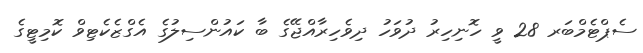
ސެޕްޓެމްބަރ 28 ވީ ހޮނިހިރު ދުވަހު ދިވެހިރާއްޖޭގެ ބާ ކައުންސިލުގެ އެގްޒެކެޓިވް ކޮމިޓީގެ